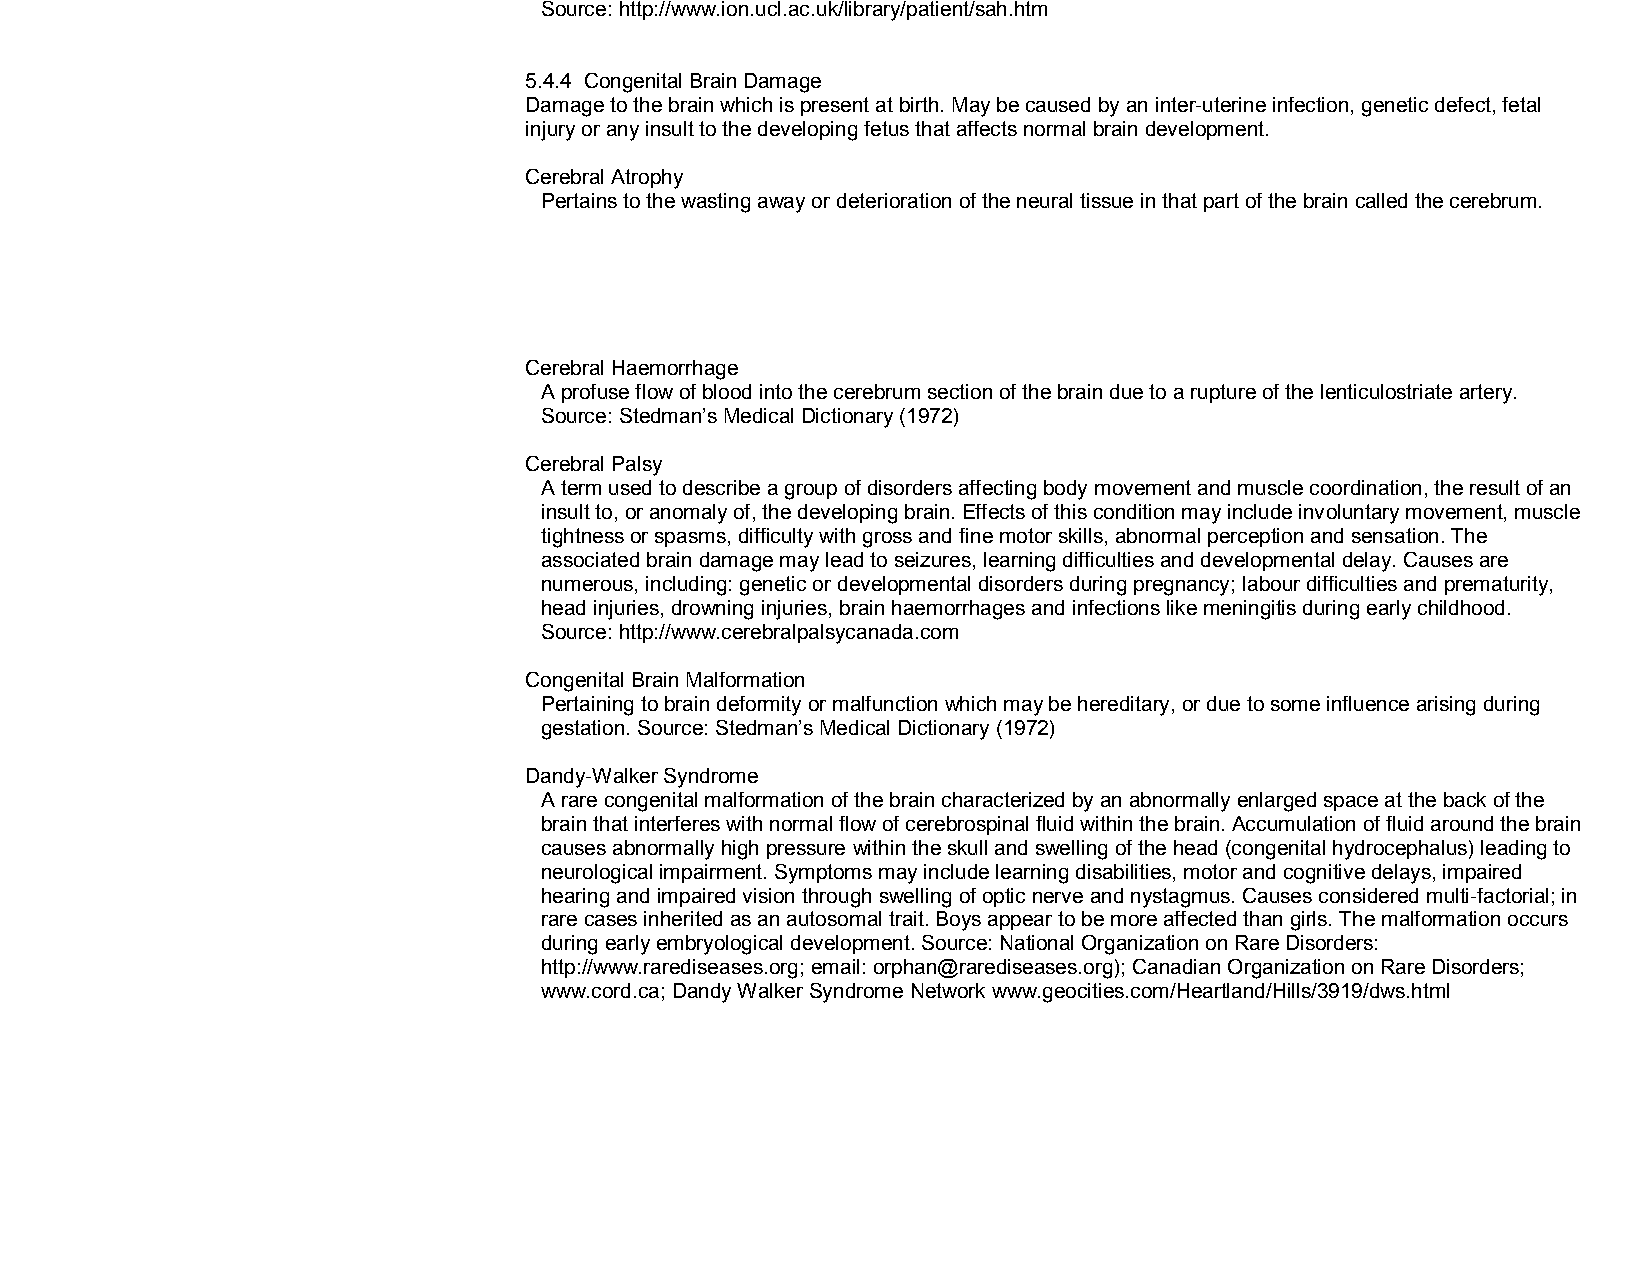
Source: http://www.ion.ucl.ac.uk/library/patient/sah.htm
 5.4.4 Congenital Brain Damage
 Damage to the brain which is present at birth. May be caused by an inter­uterine infection, genetic defect, fetal
 injury or any insult to the developing fetus that affects normal brain development.
 Cerebral Atrophy
 Pertains to the wasting away or deterioration of the neural tissue in that part of the brain called the cerebrum.
 Cerebral Haemorrhage
 A profuse flow of blood into the cerebrum section of the brain due to a rupture of the lenticulostriate artery.
 Source: Stedman’s Medical Dictionary (1972)
 Cerebral Palsy
 A term used to describe a group of disorders affecting body movement and muscle coordination, the result of an
 insult to, or anomaly of, the developing brain. Effects of this condition may include involuntary movement, muscle
 tightness or spasms, difficulty with gross and fine motor skills, abnormal perception and sensation. The
 associated brain damage may lead to seizures, learning difficulties and developmental delay. Causes are
 numerous, including: genetic or developmental disorders during pregnancy; labour difficulties and prematurity,
 head injuries, drowning injuries, brain haemorrhages and infections like meningitis during early childhood.
 Source: http://www.cerebralpalsycanada.com
 Congenital Brain Malformation
 Pertaining to brain deformity or malfunction which may be hereditary, or due to some influence arising during
 gestation. Source: Stedman’s Medical Dictionary (1972)
 Dandy­Walker Syndrome
 A rare congenital malformation of the brain characterized by an abnormally enlarged space at the back of the
 brain that interferes with normal flow of cerebrospinal fluid within the brain. Accumulation of fluid around the brain
 causes abnormally high pressure within the skull and swelling of the head (congenital hydrocephalus) leading to
 neurological impairment. Symptoms may include learning disabilities, motor and cognitive delays, impaired
 hearing and impaired vision through swelling of optic nerve and nystagmus. Causes considered multi­factorial; in
 rare cases inherited as an autosomal trait. Boys appear to be more affected than girls. The malformation occurs
 during early embryological development. Source: National Organization on Rare Disorders:
 http://www.rarediseases.org; email: orphan@rarediseases.org); Canadian Organization on Rare Disorders;
 www.cord.ca; Dandy Walker Syndrome Network www.geocities.com/Heartland/Hills/3919/dws.html